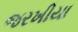
જરખીયા